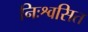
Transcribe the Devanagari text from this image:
निःश्वसित